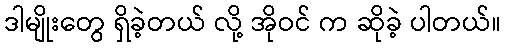
ဒါမျိုးတွေ ရှိခဲ့တယ် လို့ အိုဝင် က ဆိုခဲ့ ပါတယ်။